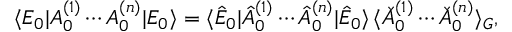
\langle E _ { 0 } | A _ { 0 } ^ { ( 1 ) } \cdots A _ { 0 } ^ { ( n ) } | E _ { 0 } \rangle = \langle \hat { E } _ { 0 } | \hat { A } _ { 0 } ^ { ( 1 ) } \cdots \hat { A } _ { 0 } ^ { ( n ) } | \hat { E } _ { 0 } \rangle \, \langle \check { A } _ { 0 } ^ { ( 1 ) } \cdots \check { A } _ { 0 } ^ { ( n ) } \rangle _ { G } ,